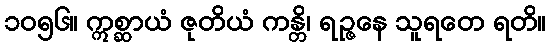
၁၀၅၆။ ဣစ္ဆာယံ ဇုတိယံ ကန္တိ၊ ရဉ္ဇနေ သူရတေ ရတိ။